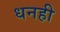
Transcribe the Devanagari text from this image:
धनही